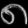
Digit: ၈